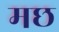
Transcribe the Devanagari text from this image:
मछ